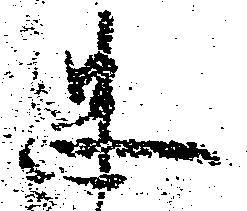
忠